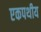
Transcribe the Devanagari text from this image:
एकपथीय